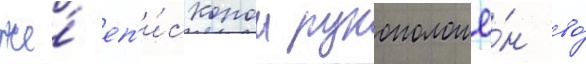
же́ еп'и́скопом рукоположё́н во́